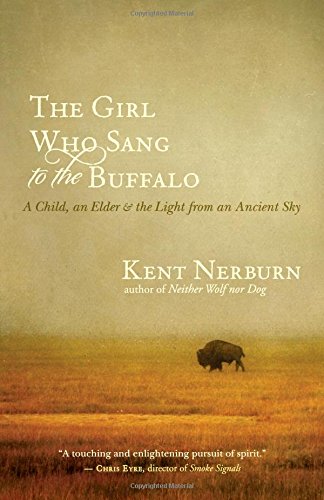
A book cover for The Girl Who Sang to the Buffalo: A Child, an Elder, and the Light from an Ancient Sky; Kent Nerburn; Literature & Fiction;